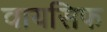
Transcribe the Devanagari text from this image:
वायसिफ